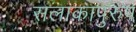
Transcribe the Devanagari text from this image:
सलाकापुरुष